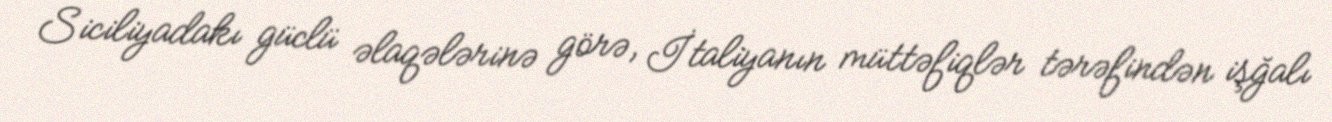
Siciliyadakı güclü əlaqələrinə görə, İtaliyanın müttəfiqlər tərəfindən işğalı